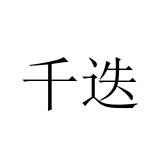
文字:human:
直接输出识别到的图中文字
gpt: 千迭